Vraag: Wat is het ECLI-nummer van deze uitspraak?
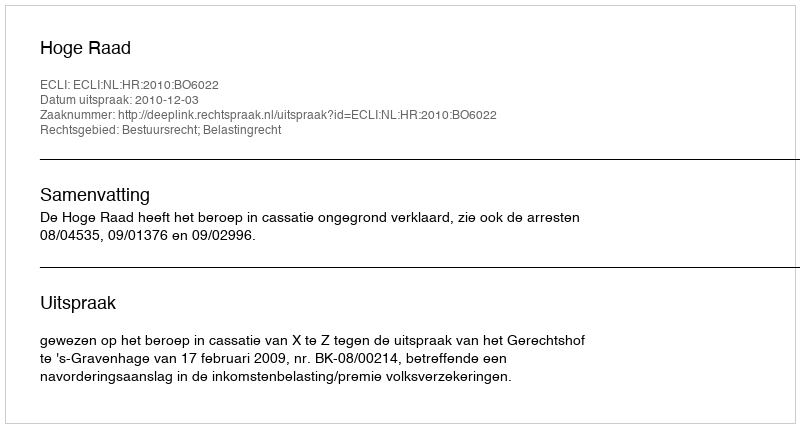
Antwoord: ECLI:NL:HR:2010:BO6022